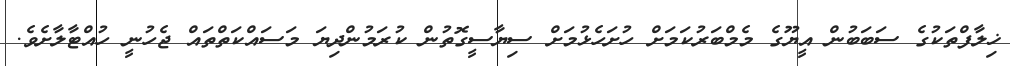
ޚިލާފްތަކުގެ ސަބަބުން އީޔޫގެ މެމްބަރުކަމަށް ހުށަހެޅުމަށް ސިޔާސީގޮތުން ކުރަމުންދިޔަ މަސައްކަތްތައް ޖެހުނީ ހުއްޓާލާށެވެ.